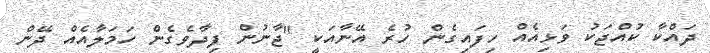
ދައްކާ ކުއްޖަކު ވަޅިއެއް ހިފައިގެން ހުރެ އޭނާއަކީ "ޖާނުން ފިދާވެގެން ހަމަލާއެއް ދޭން